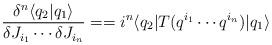
LaTeX: \begin{align*}\frac{\delta^n\langle q_2|q_1\rangle}{\delta J_{i_1}\cdots\delta J_{i_n}}== i^n \langle q_2 | T(q^{i_1}\cdots q^{i_n})| q_1\rangle\end{align*}